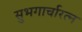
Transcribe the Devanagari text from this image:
सुभगार्चारत्न